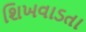
શિખવાડતા